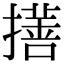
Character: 𢴯